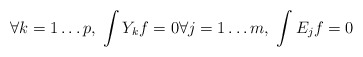
\begin{align*} \forall k=1\ldots p,\;\int Y_kf=0\forall j=1\ldots m,\; \int E_j f=0\end{align*}